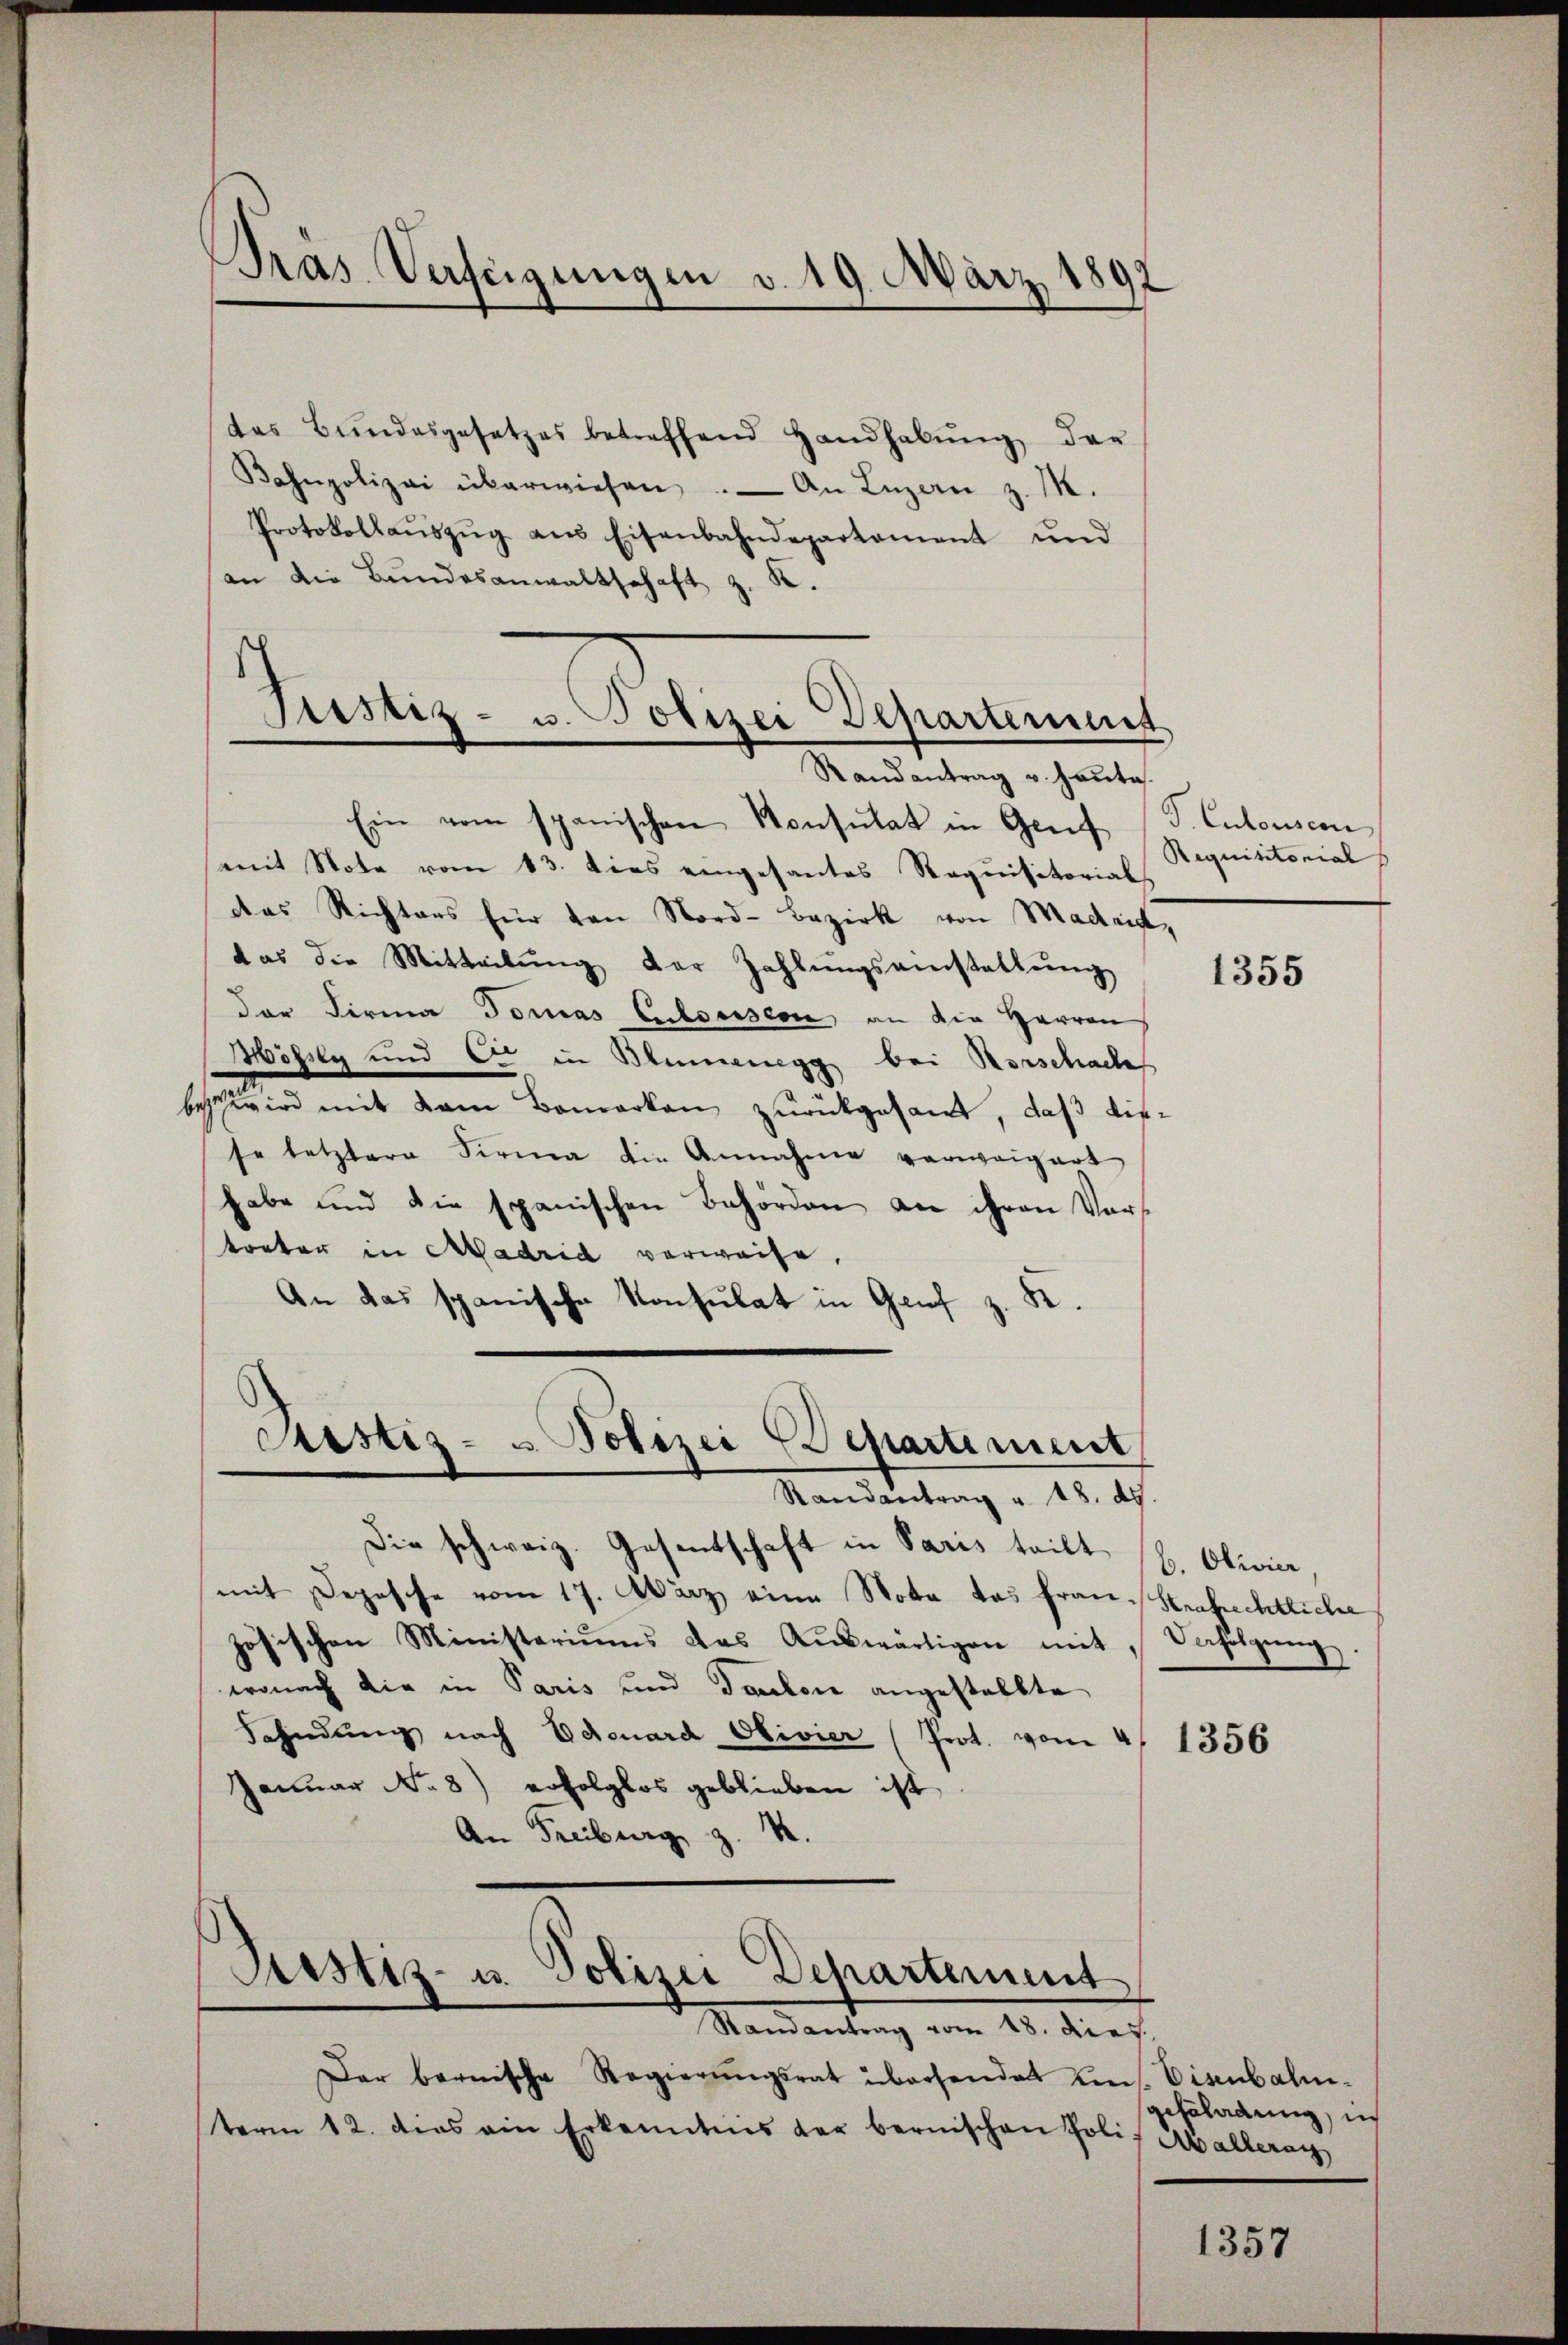
des Bŭndesgesetzes betreffend Handhabŭng der
Bahnpolizei überwiesen. An Luzern z. M.
Protokollaŭszŭg aŭs Eisenbahndepartament und
an die Bundesanwaltschaft z. K.

Pras Verfeigungen v. 19. März 180

Der bernische Regierŭngsrat übersendet uns. Eisenbahn-
term 12. dies ein Erkenntnis der bernischen Poli

Justiz- u. Polizei Departement
Randantrag v. Haute.

Ein vom spanischen Konsulat in Genf
(mit Note vom 13. dies eingesantes Requisitorial
das Richters für von Nord-Bezirk von Madrid,
das die Mitteilŭng der Zahlŭngseinstallŭng
der Firma Tomas Elsassen, an die Herren
isly und Cie in Blumenegg bei Rorschade
beschwird mit dem Bemerken zurückgesant, daß diese letztere Sirma die Annahme verweigert
habe und die spanischen Behörden an ihren Vors
treter in Madrid verweise,
An das spanische Konsulat in Genf z. K.

Die schweiz. Gesentschaft in Paris teilt (C. Olivier
mit Depesche vom 17. März eine Nota das Frau Strafrechtliche
zösischen Ministeriums das Aŭswärtigen mit Verfolgŭng.
wonach die in Paris und Tanton angestellte
Fahndung nach Edouard Okivier (Prot. vom 4. 1356
Januar No. 8) erfolglos geblieben ist.
M.
An Freiburg

Pustiz- & Polizei Departement
Randantrag u. 18. ds.

Justiz- u. Polizei Dehartement
Randantrag vom 18. die z.

P. Culoussern
Requisitorial

1355

geschadung, in
Mallerach

1357